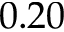
0 . 2 0